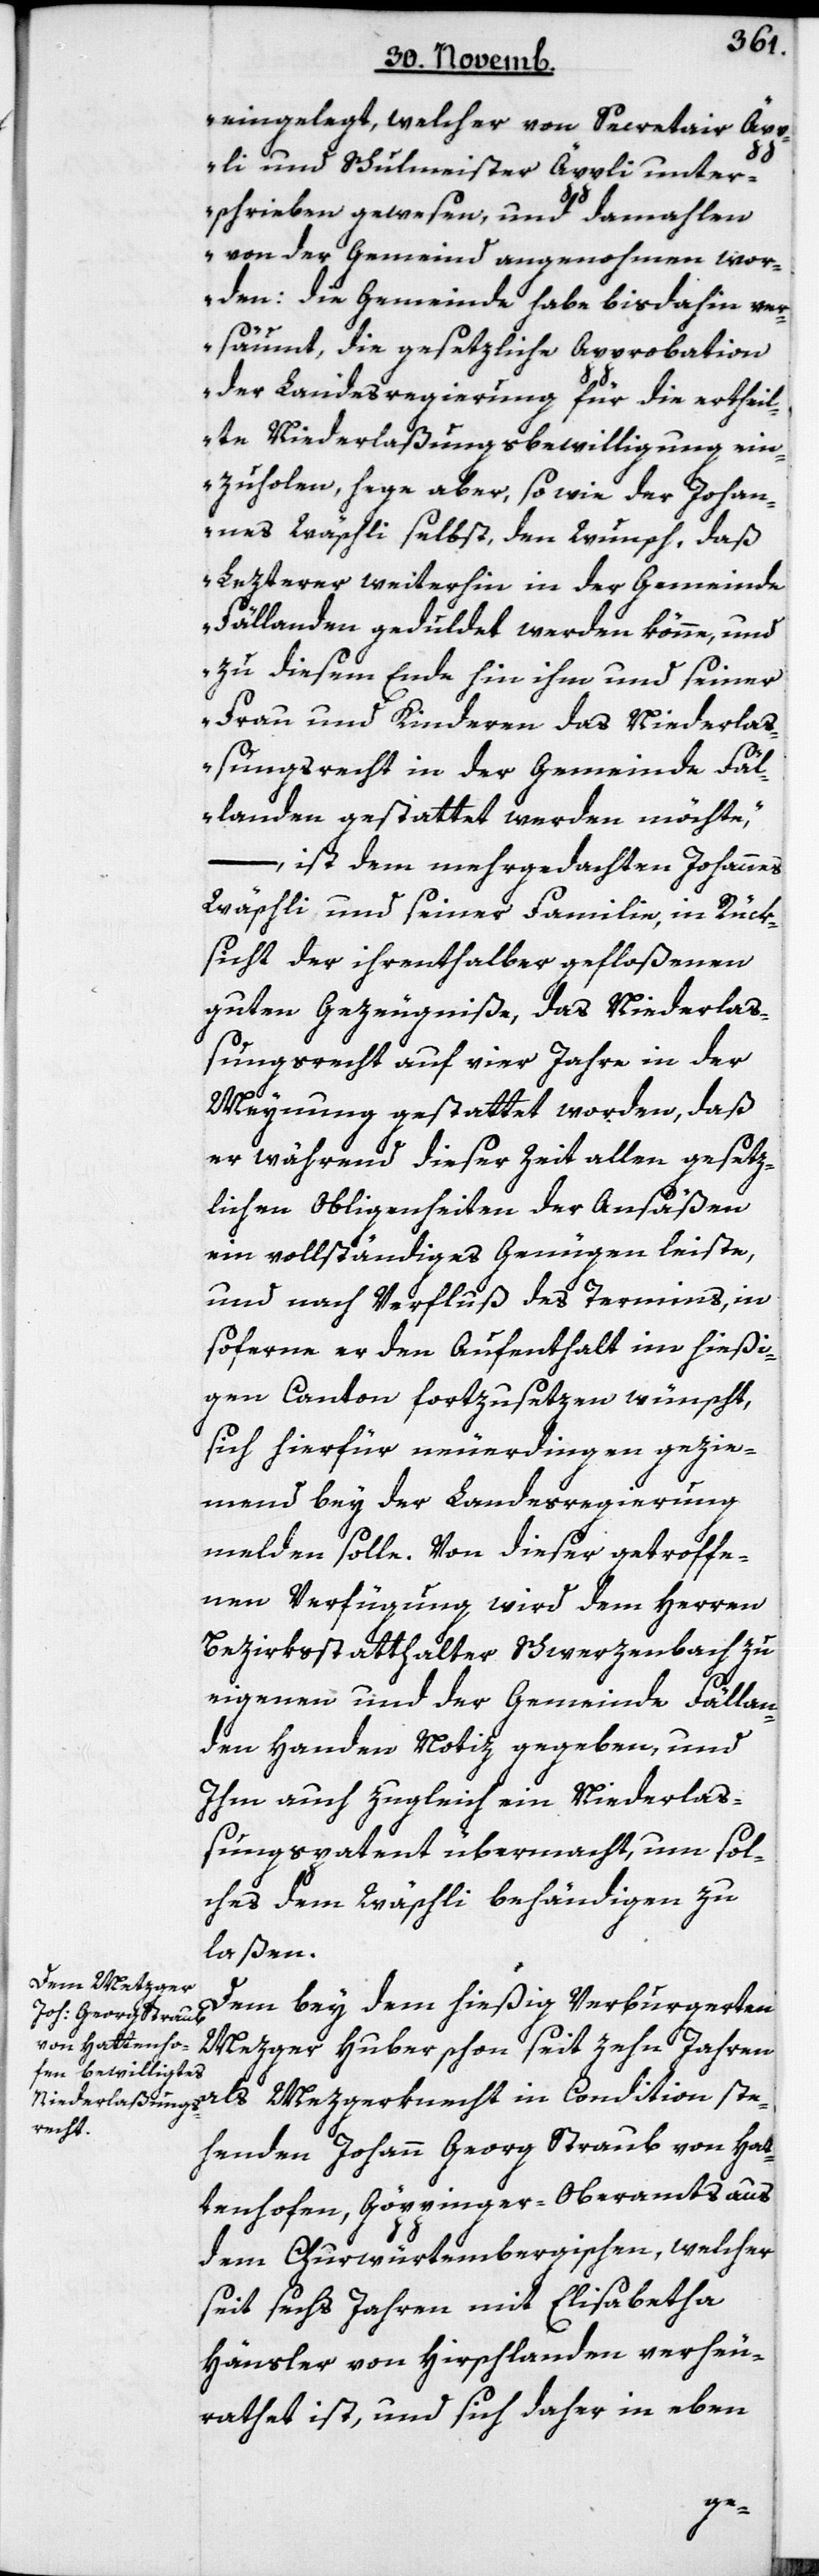
eingelegt, welcher von Secretair Äpp¬
li und Schulmeister Äppli unter¬
schrieben gewesen, und damahlen
von der Gemeind angenohmen wor¬
den: die Gemeinde habe bis dahin ve¬
rsäumt, die gesetzliche Approbation
der Landesregierung für die ertheil¬
te Niederlaßungsbewilligung ein¬
zuholen, hege aber, sowie der Johan¬
nes Wäschli selbst, den Wunsch, daß
Letzterer weiterhin in der Gemeinde
Fällanden geduldet werden könne, und
zu diesem Ende hin ihm und seiner
Frau und Kinderen das Niederlaß¬
ungsrecht in der Gemeinde Fäl¬
landen gestattet werden möchte“,
– ist dem mehrgedachten Johannes
Wäschli und seiner Familie, in Rück¬
sicht der ihrethalber gefloßenen
guten Gezeugniße, das Niederlaß¬
ungsrecht auf vier Jahre in der
Meynung gestattet worden, daß
er während dieser Zeit allen gesetz¬
lichen Obliegenheiten der Ansäßen
ein vollständiges Genügen leiste,
und nach Verfluß des Termins, in¬
soferne er den Aufenthalt im hießi¬
gen Canton fortzusetzen wünscht,
sich hierfür neuerdingen gezie¬
mend bey der Landesregierung
melden solle. Von dieser getroffe¬
nen Verfügung wird dem Herren
Bezirksstatthalter Schwerzenbach zu
eigenen und der Gemeinde Fällan¬
den Handen Notiz gegeben, und
Ihm auch zugleich ein Niederlaß¬
ungspatent übermacht, um sol¬
ches dem Wäschli behändigen zu
laßen.
Dem bey dem hießigen Verburgerten
Metzger Huber schon seit zehn Jahren
als Metzgerknecht in Condition ste¬
henden Johann Georg Straub von Hat¬
tenhofen, Göppinger-Oberamts aus
dem Churwürtembergischen, welcher
seit sechs Jahren mit Elisabetha
Häusler von Hirschlanden verheu¬
rathet ist, und sich daher in eben